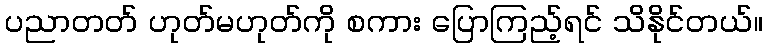
ပညာတတ် ဟုတ်မဟုတ်ကို စကား ပြောကြည့်ရင် သိနိုင်တယ်။